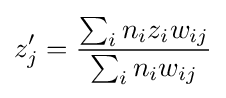
z'_{j}={\frac {\sum _{i}n_{i}z_{i}w_{ij}}{\sum _{i}n_{i}w_{ij}}}